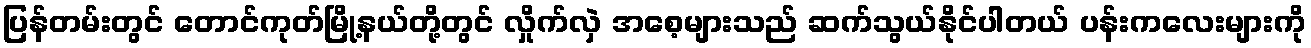
ပြန်တမ်းတွင် တောင်ကုတ်မြို့နယ်တို့တွင် လှိုက်လှဲ အစေ့များသည် ဆက်သွယ်နိုင်ပါတယ် ပန်းကလေးများကို